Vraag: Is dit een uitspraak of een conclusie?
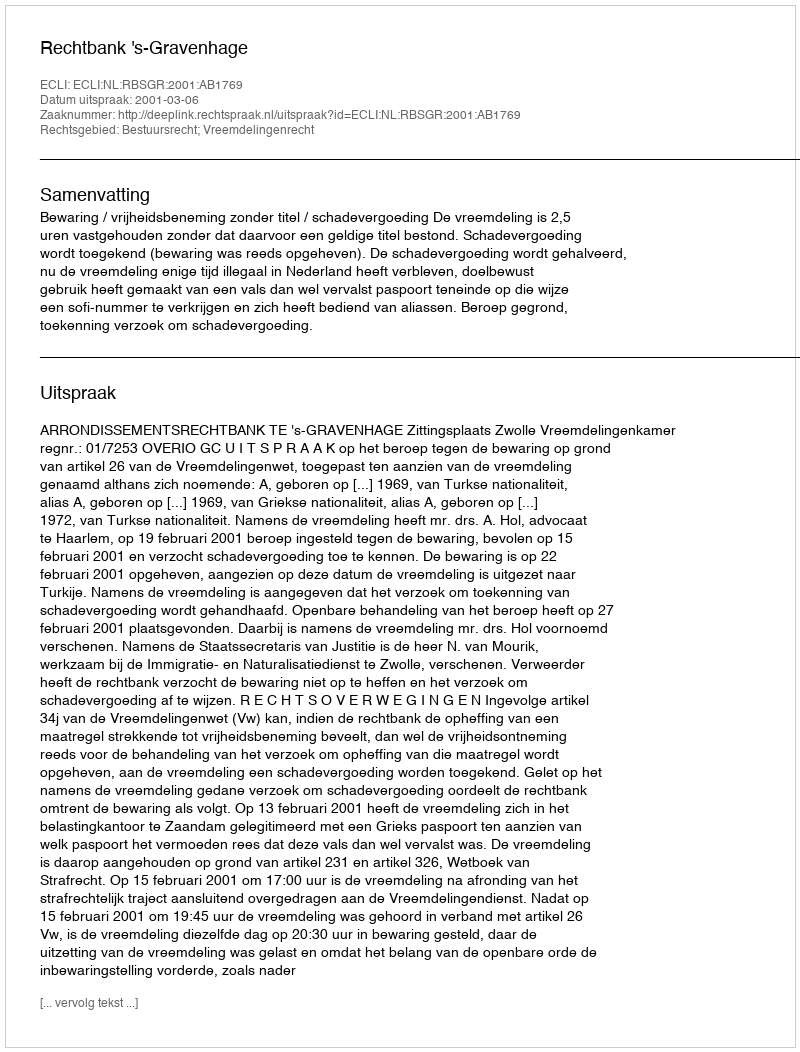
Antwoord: Uitspraak